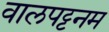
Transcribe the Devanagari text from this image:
वालपट्टनम